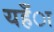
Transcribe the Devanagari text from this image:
यहँा